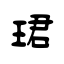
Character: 珺